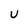
Character: U